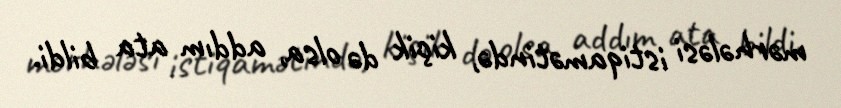
mərhələsi istiqamətində, kiçik də olsa, addım ata bildi.